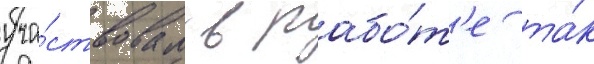
уча́ствовал в рабо́т'е та́к